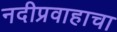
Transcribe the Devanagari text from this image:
नदीप्रवाहाचा